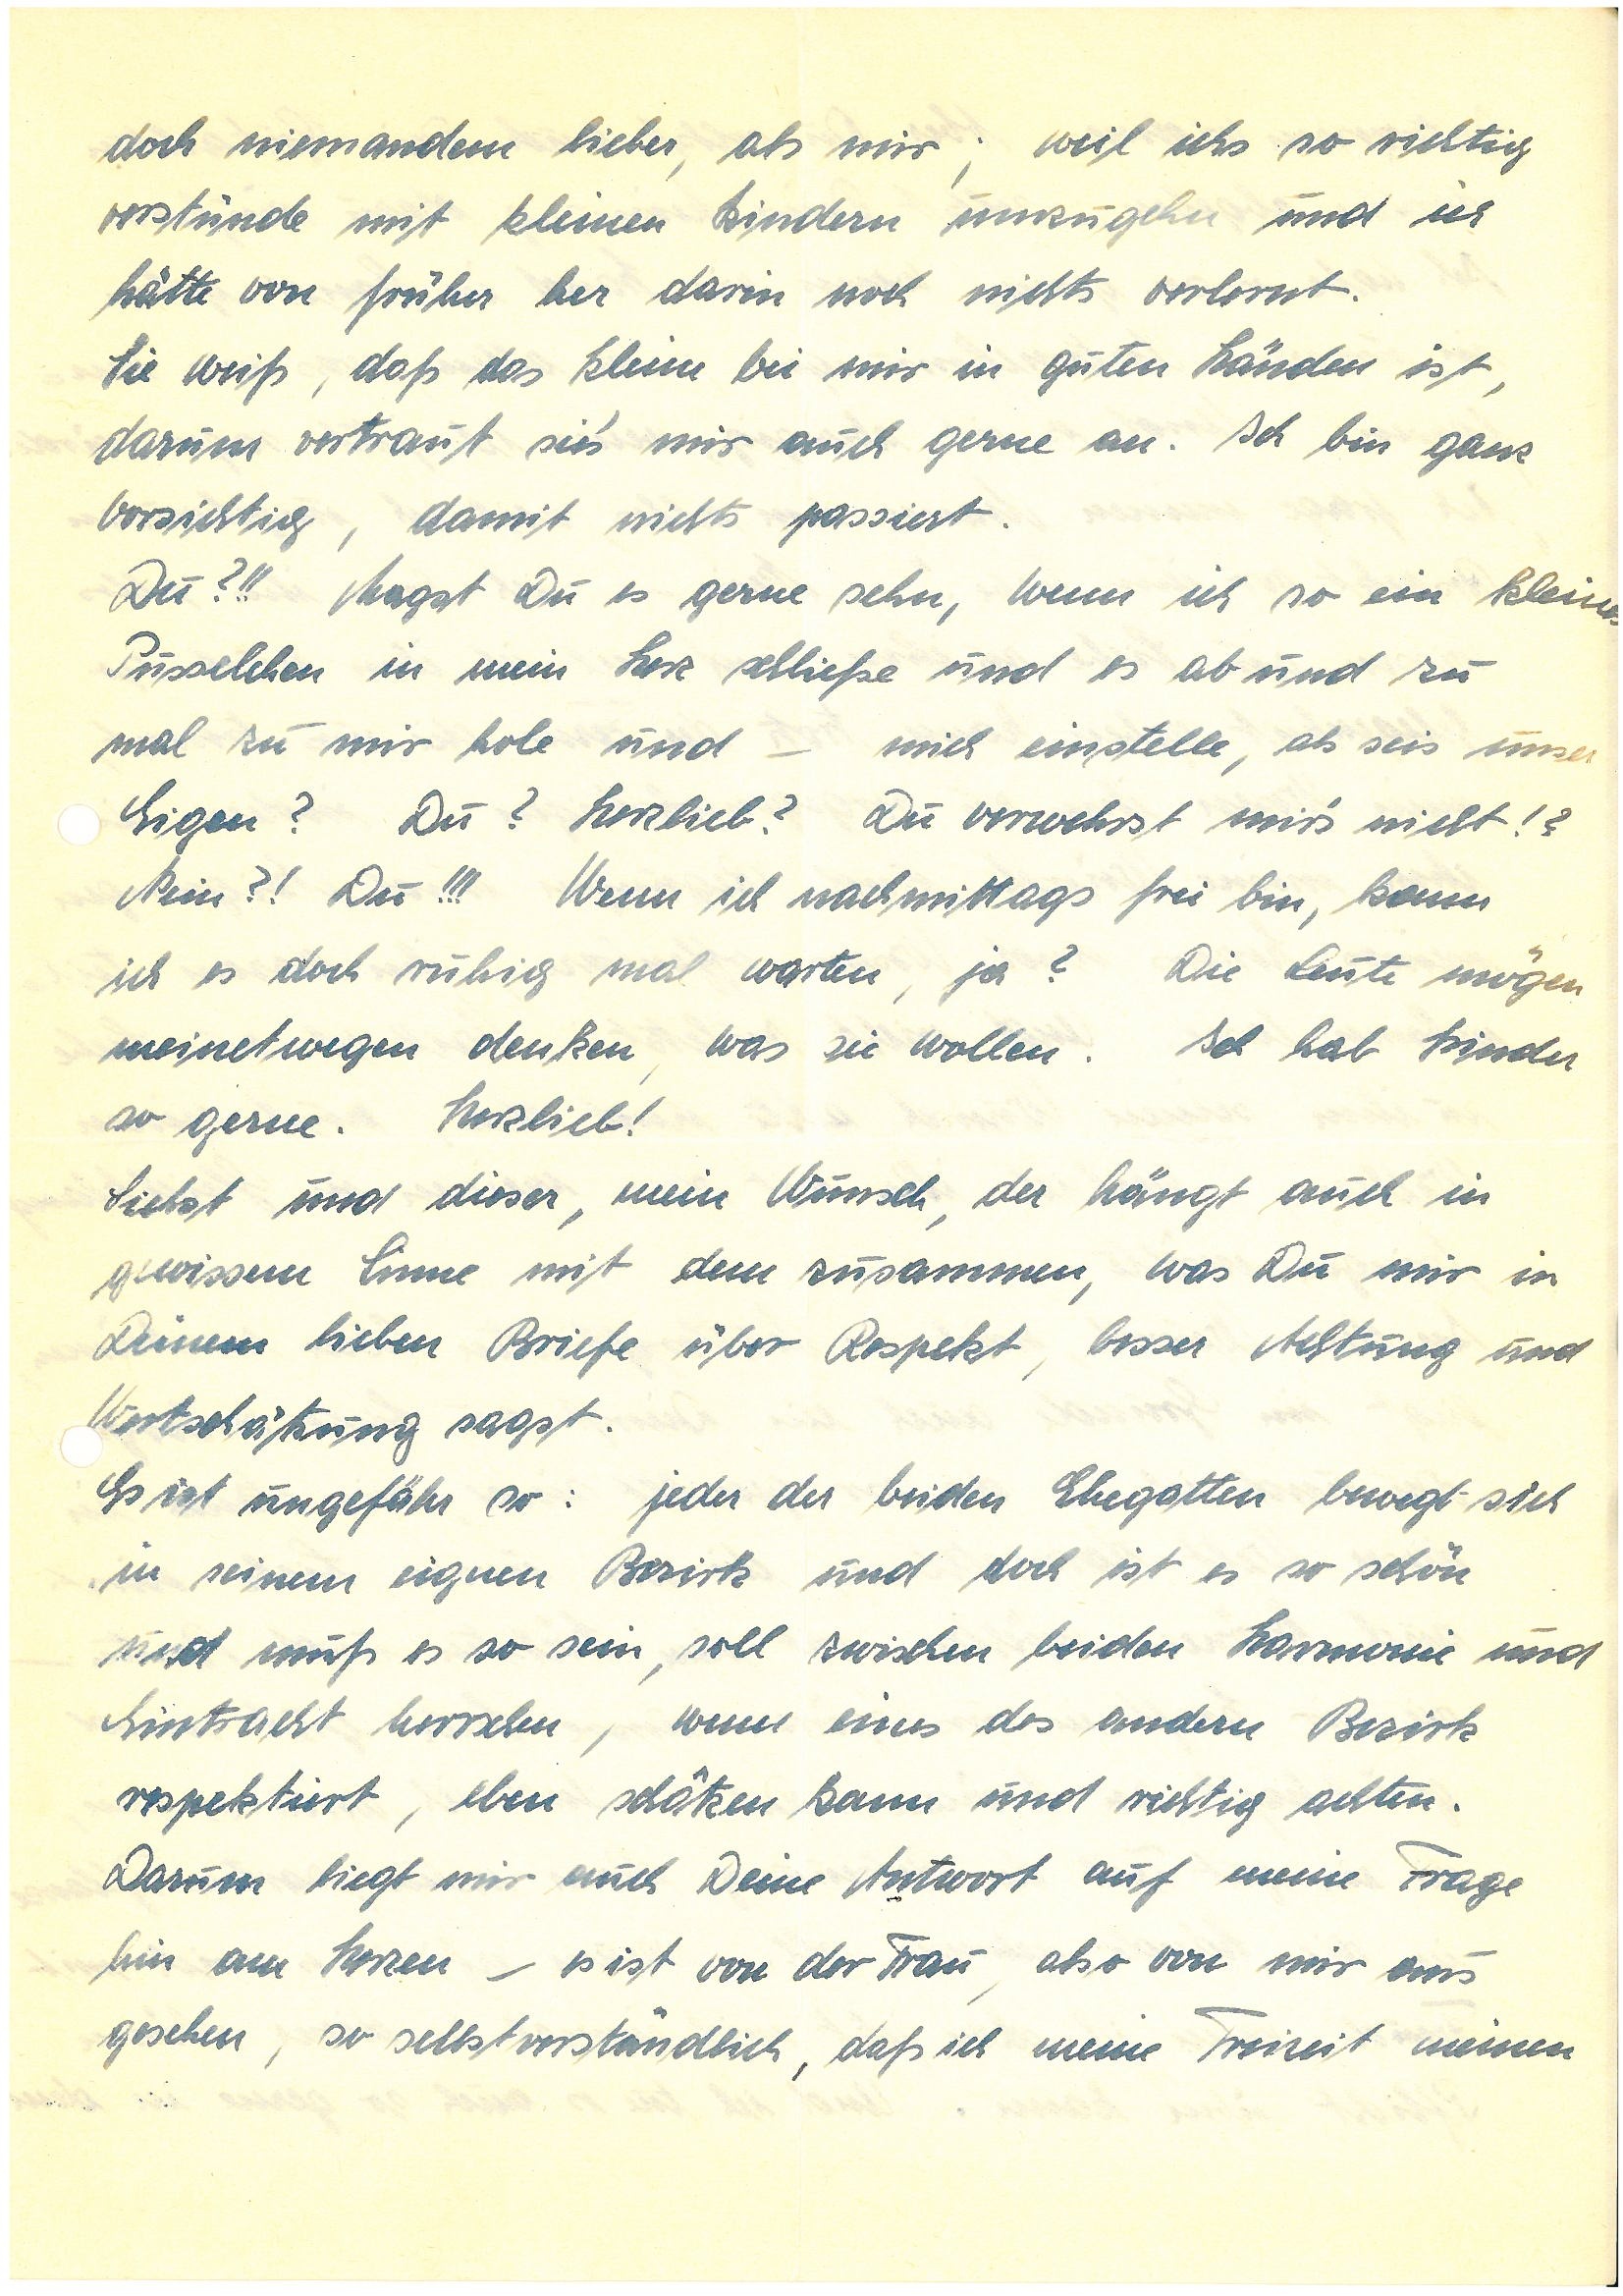
doch niemandem lieber, als mir; weil ichs so richtig
verstünde mit kleinen Kindern umzugehen und ich
hätte von früher her darin noch nichts verlernt.
Sie weiß, daß das Kleine bei mir in guten Händen ist,
darum vertraut sies‘ mir auch gerne an. Ich bin ganz
vorsichtig, damit nichts passiert.
Du?!! Magst Du es gerne sehen, wenn ich so ein kleines
Pusselchen in mein Herz schließe und es ab und zu
mal zu mir hole und – mich einstelle, als seis‘ unser
Eigen? Du? Herzlieb? Du verwehrst mirs nicht!?
Nein?! Du!!! Wenn ich nachmittags frei bin, kann
ich es doch ruhig mal warten, ja? Die Leute mögen
meinetwegen denken, was sie wollen. Ich hab Kinder
so gerne. Herzlieb!
Siehst und dieser, mein Wunsch, der hängt auch in
gewissem Sinne mit dem zusammen, was Du mir in
Deinem lieben Briefe über Respekt, besser Achtung und
Wertschätzung sagst.
Es ist ungefähr so: jeder der beiden Ehegatten bewegt sich
in seinem Bezirk und doch ist es so schön
und muß es so sein, soll zwischen beiden Harmonie und
Eintracht herrschen, wenn eines des andern Bezirk
respektiert, eben schätzen kann und richtig achten.
Darum liegt mir auch Deine Antwort auf meine Frage
hin am Herzen – es ist von der Frau, also von mir aus
gesehen, so selbstverständlich, daß ich meine Freizeit meinen